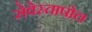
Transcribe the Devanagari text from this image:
सेवेस्तापोल